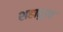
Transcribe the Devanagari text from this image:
शहारूख